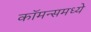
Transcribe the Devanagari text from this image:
कॉमन्समध्ये